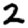
Digit: 2